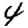
Digit: 4